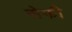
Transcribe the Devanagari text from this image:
सेफी